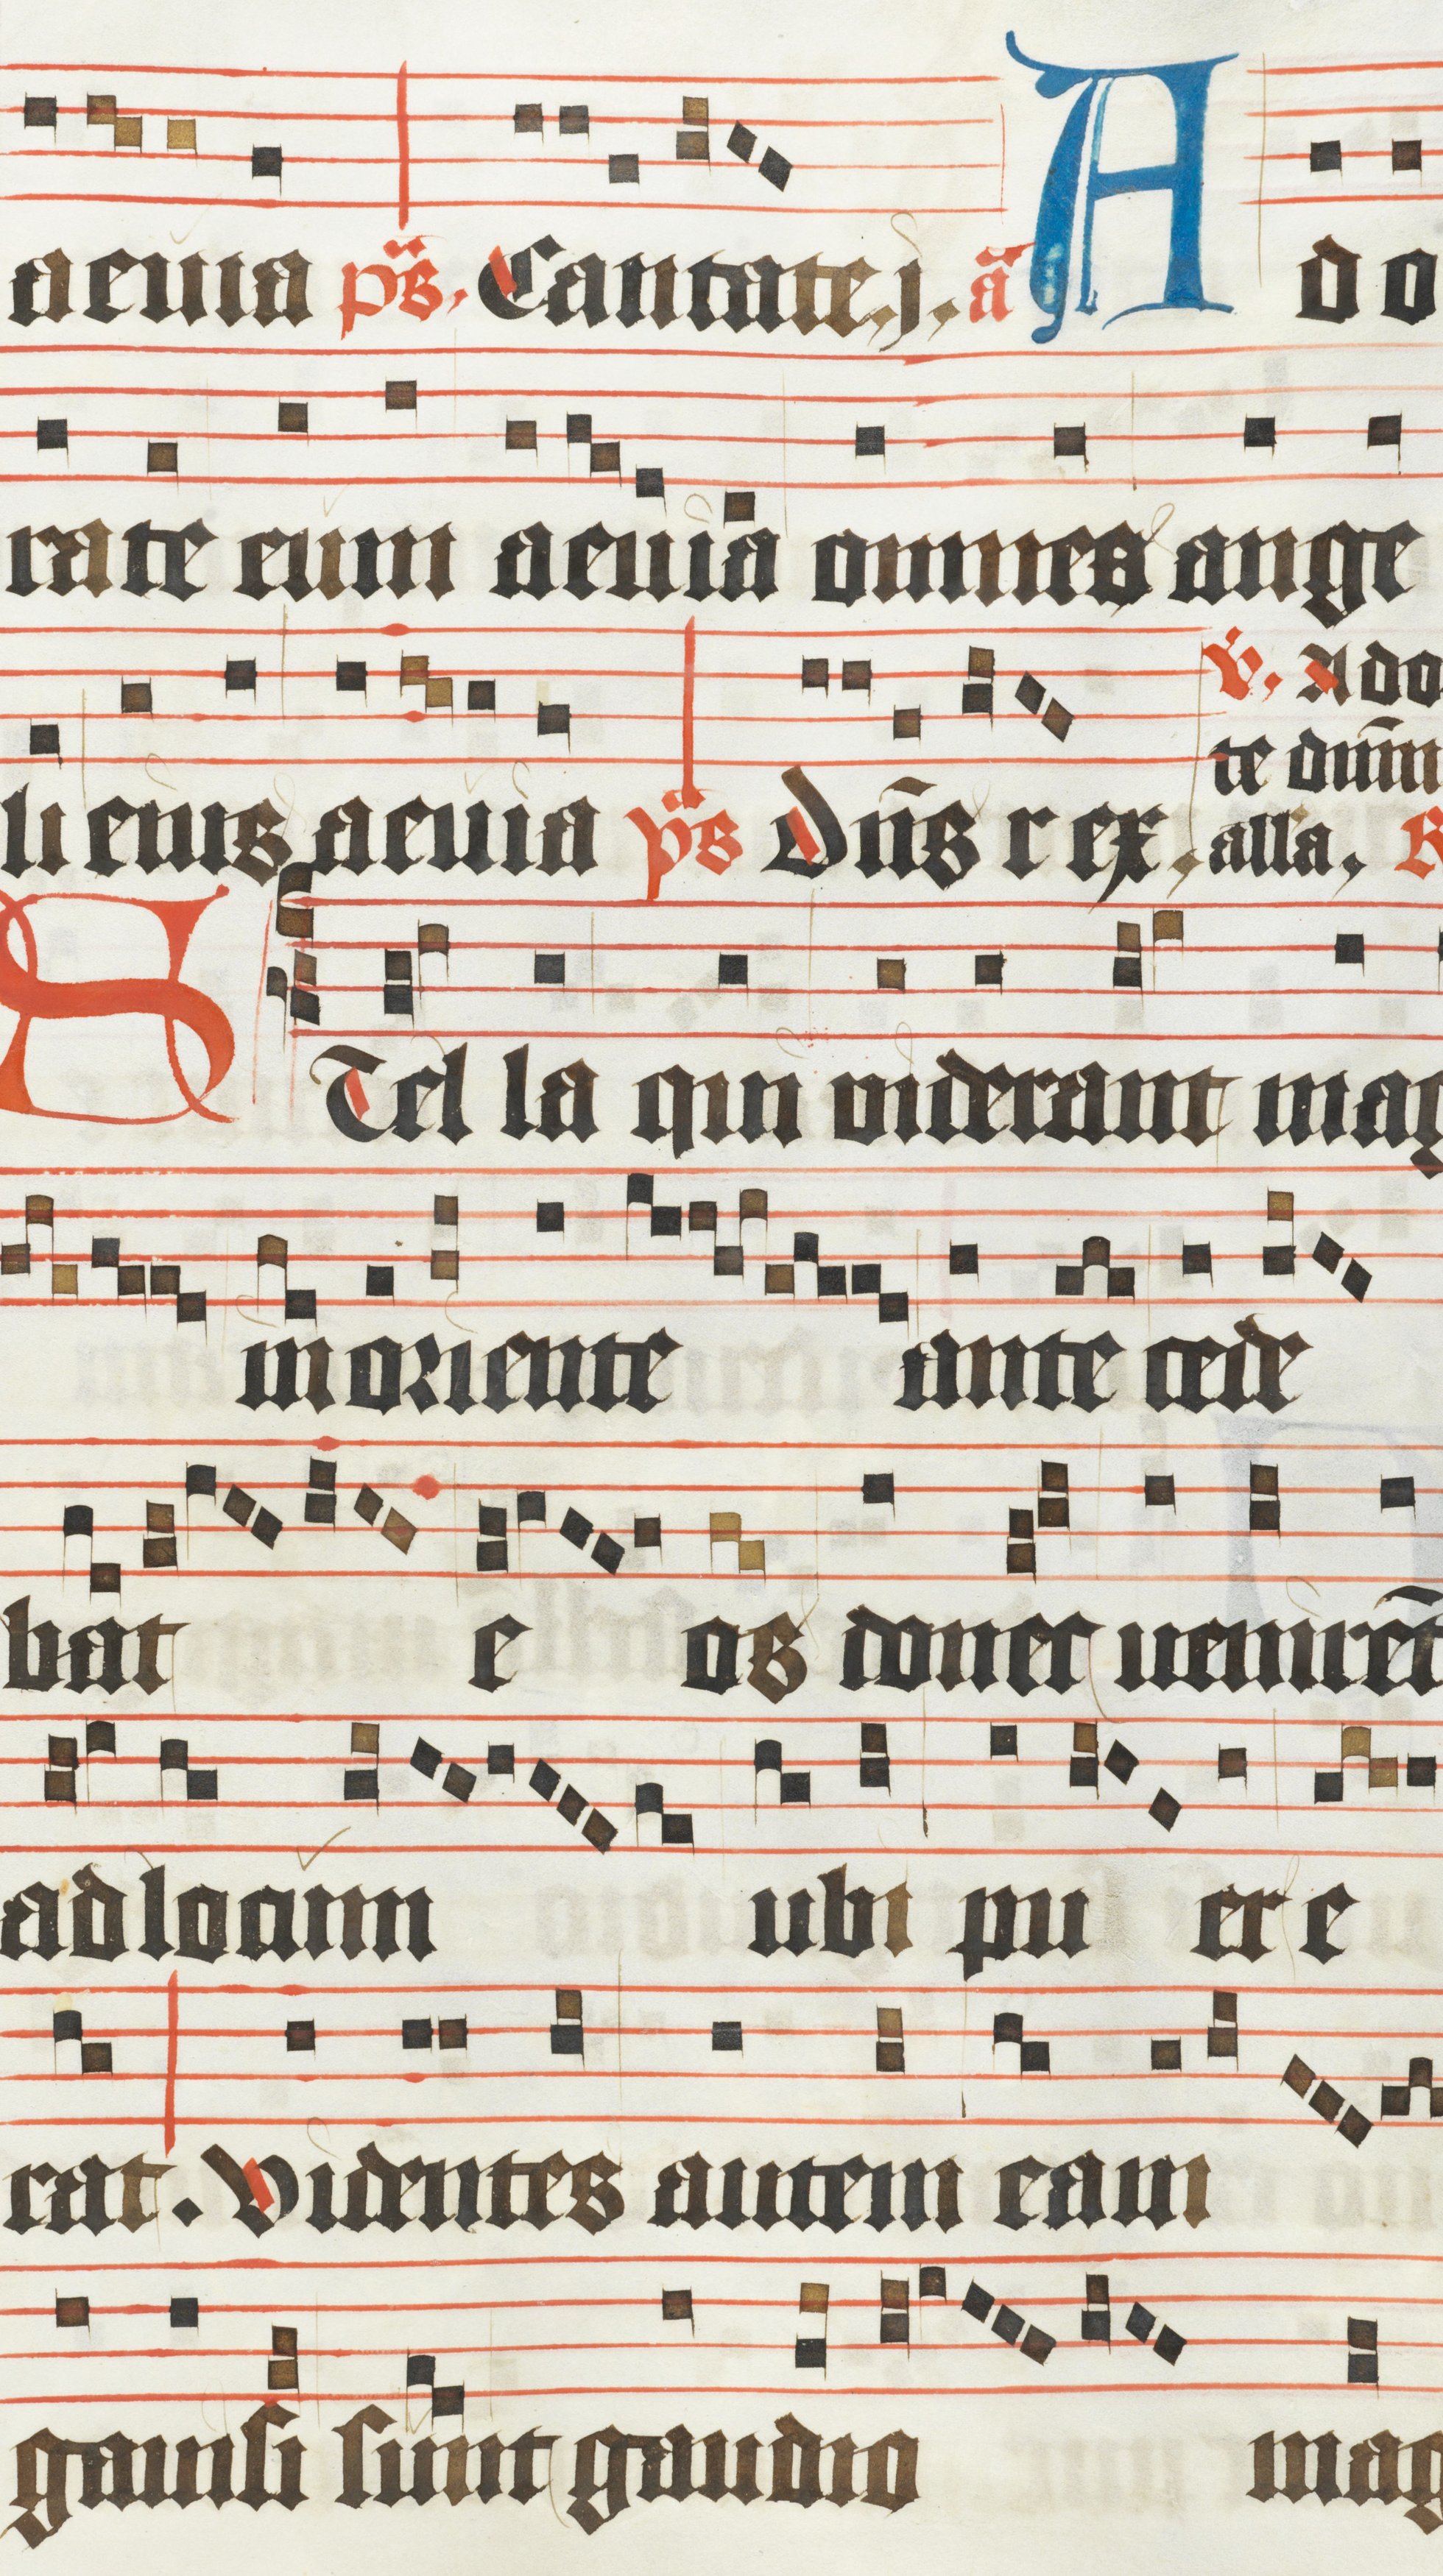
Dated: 1450–1499